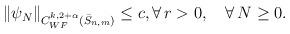
LaTeX: \begin{align*}\begin{aligned}\|\psi_N\|_{C^{k,2+\alpha}_{WF}(\bar S_{n,m})} \leq c, \forall\, r>0,\quad\forall\, N \geq 0.\end{aligned}\end{align*}